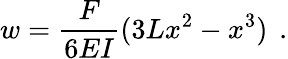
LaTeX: w={\frac{F}{6EI}}(3Lx^{2}-x^{3})\, ~.